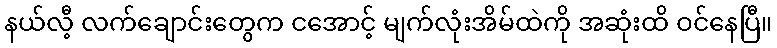
နယ်လီ့ လက်ချောင်းတွေက ငအောင့် မျက်လုံးအိမ်ထဲကို အဆုံးထိ ဝင်နေပြီ။